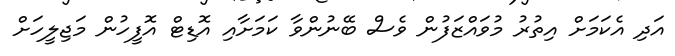
އަދި އެކަމަށް އިތުރު މުވައްޒަފުން ވެސް ބޭނުންވާ ކަމަށާއި އޮޑިޓް އޮފީހުން މަޖިލީހަށް